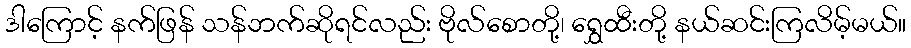
ဒါကြောင့် နက်ဖြန် သန်ဘက်ဆိုရင်လည်း ဗိုလ်စောတို့၊ ရွှေထီးတို့ နယ်ဆင်းကြလိမ့်မယ်။